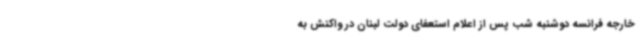
خارجه فرانسه دوشنبه شب پس از اعلام استعفای دولت لبنان در واکنش به